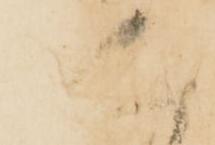
人